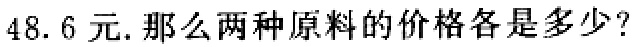
48.6 元.那么两种原料的价格各是多少?